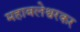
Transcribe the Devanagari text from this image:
महाबलेश्वरकर